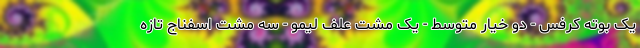
یک بوته کرفس - دو خیار متوسط - یک مشت علف لیمو - سه مشت اسفناج تازه